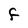
Character: F